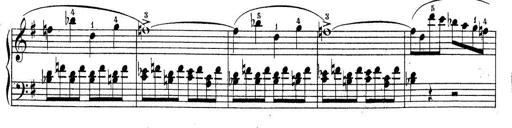
Title: Piano Sonatine No.2
Composer: Peter Piel
Key: G major